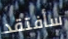
سأفتقد